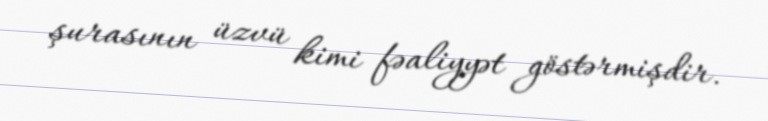
şurasının üzvü kimi fəaliyyət göstərmişdir.